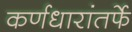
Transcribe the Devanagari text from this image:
कर्णधारांतर्फे